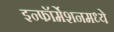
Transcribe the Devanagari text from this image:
इन्फॉर्मेशनमध्ये